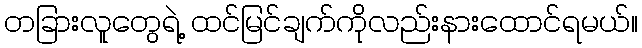
တခြားလူတွေရဲ့ ထင်မြင်ချက်ကိုလည်းနားထောင်ရမယ်။